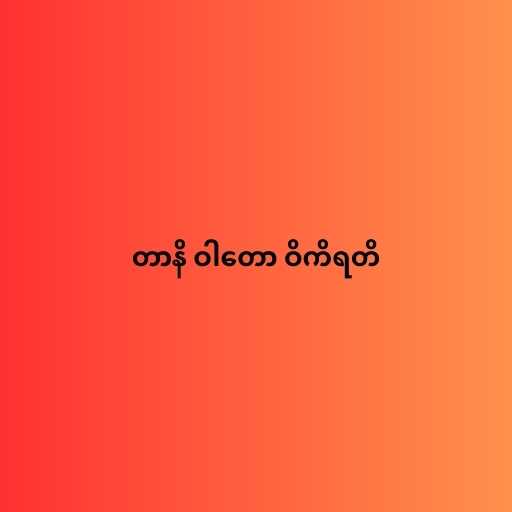
တာနိ ဝါတော ဝိကိရတိ